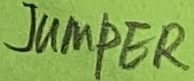
Text: JUMPER